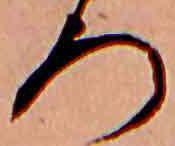
ろ